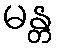
မန္တ